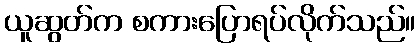
ယူဆွတ်က စကားပြောရပ်လိုက်သည်။